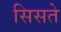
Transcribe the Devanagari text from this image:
सिसते